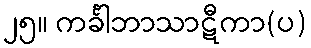
၂၅။ ကင်္ခါဘာသာဋီကာ(ပ)